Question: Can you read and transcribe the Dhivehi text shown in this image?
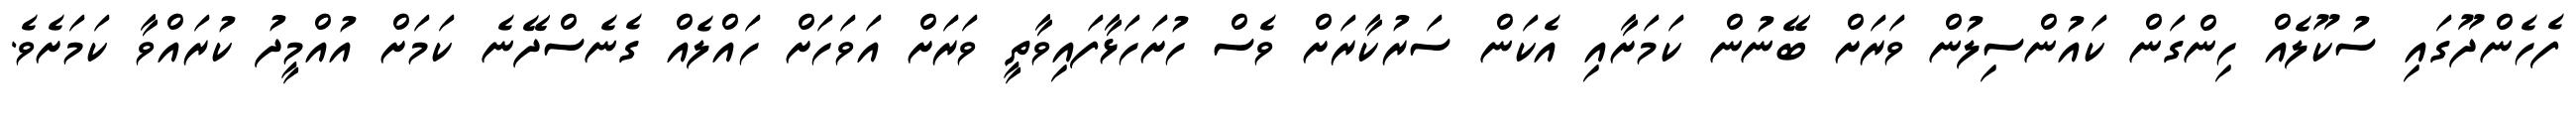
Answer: ފެހެންދޫގައި ސުކޫލެއް ހިންގަން ކައުންސިލުން ވަރަށް ބޭނުން ކަމަށާއި އެކަން ސަރުކާރަށް ވެސް ހުށަހަޅާފައިވާތީ ވަރަށް އަވަހަށް ހައްލެއް ގެނެސްދޭނެ ކަމަށް އުއްމީދު ކުރައްވާ ކަމަށެވެ.